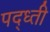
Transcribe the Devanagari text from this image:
पद्ध्ती